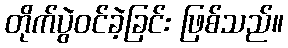
တိုက်ပွဲဝင်ခဲ့ခြင်း ဖြစ်သည်။